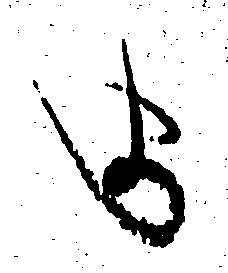
ま